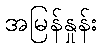
အမြန်နှုန်း